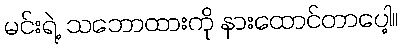
မင်းရဲ့ သဘောထားကို နားထောင်တာပေါ့။